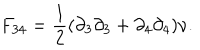
LaTeX: F _ { 3 4 } = { \frac { 1 } { 2 } } ( \partial _ { 3 } \partial _ { 3 } + \partial _ { 4 } \partial _ { 4 } ) \nu .